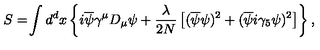
S = \! \int d ^ { d } x \left\{ i \overline { { \psi } } \gamma ^ { \mu } D _ { \mu } \psi + { \frac { \lambda } { 2 N } } \left[ ( \overline { { \psi } } \psi ) ^ { 2 } + ( \overline { { \psi } } i \gamma _ { 5 } \psi ) ^ { 2 } \right] \right\} ,